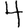
Digit: 4